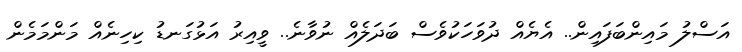
އަސްލު މައިންބަފައިން.. އެޔެއް ދުވަހަކުވެސް ބަދަލެއް ނުވާނެ.. ވީއިރު އަޅުގަނޑު ކިހިނެއް މަންމަމެން